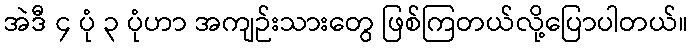
အဲဒီ ၄ ပုံ ၃ ပုံဟာ အကျဉ်းသားတွေ ဖြစ်ကြတယ်လို့ပြောပါတယ်။